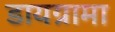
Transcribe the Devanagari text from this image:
डायग्रामा